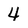
Character: 4